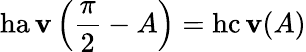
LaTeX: \operatorname{ha\mathbf{v}}\left({\frac{{\pi}}{{2}}}-A\right)=\operatorname{hc\mathbf{v}}(A)